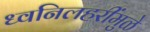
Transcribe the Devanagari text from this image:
ध्वनिलहरींमुळे